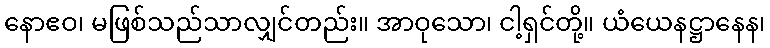
နောဧဝ၊ မဖြစ်သည်သာလျှင်တည်း။ အာဝုသော၊ ငါ့ရှင်တို့။ ယံယေနဋ္ဌာနေန၊